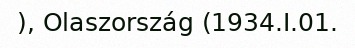
), Olaszország (1934.I.01.